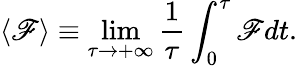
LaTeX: \left<\mathscr{F}\right>\equiv\operatorname*{lim}_{\tau\to+\infty}\frac{{1}}{{\tau}}\int_{0}^{\tau}\mathscr{F}dt.